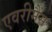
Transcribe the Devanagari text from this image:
एवरीमैंस